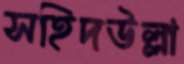
সহিদউল্লা